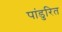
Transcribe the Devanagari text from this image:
पांडुरित